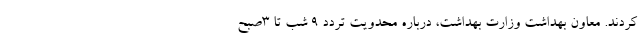
کردند. معاون بهداشت وزارت بهداشت، درباره محدویت تردد ۹ شب تا ۳صبح